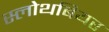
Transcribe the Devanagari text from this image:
स्लोथबियर